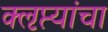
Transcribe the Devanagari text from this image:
क्‍ऌप्त्यांचा